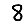
Digit: 8